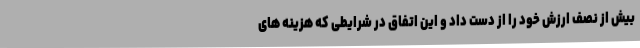
بیش از نصف ارزش خود را از دست داد و این اتفاق در شرایطی که هزینه های